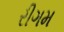
રીગમ